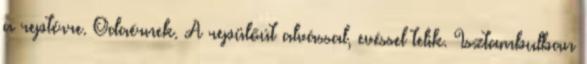
a reptérre. Odaérnek. A repülőút alvással, evéssel telik. Isztambulban